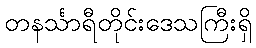
တနင်္သာရီတိုင်းဒေသကြီးရှိ